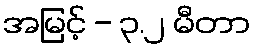
အမြင့် - ၃.၂ မီတာ